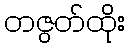
တဇွတ်ထိုး